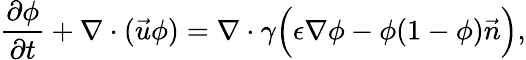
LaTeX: \frac{\partial\phi}{\partial t}+\nabla\cdot(\vec{u}\phi)=\nabla\cdot\gamma\Big(\epsilon\nabla\phi-\phi(1-\phi)\vec{n}\Big),